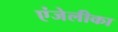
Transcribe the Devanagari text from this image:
एंजेलीका